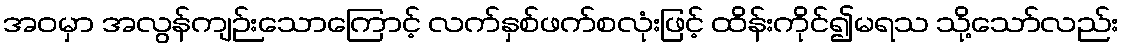
အဝမှာ အလွန်ကျဉ်းသောကြောင့် လက်နှစ်ဖက်စလုံးဖြင့် ထိန်းကိုင်၍မရသ သို့သော်လည်း